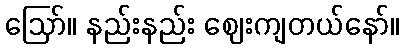
ဪ။ နည်းနည်း ဈေးကျတယ်နော်။